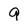
Character: 9